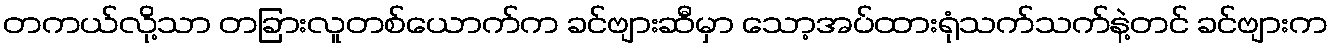
တကယ်လို့သာ တခြားလူတစ်ယောက်က ခင်ဗျားဆီမှာ သော့အပ်ထားရုံသက်သက်နဲ့တင် ခင်ဗျားက